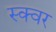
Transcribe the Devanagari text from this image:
स्क्वर